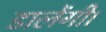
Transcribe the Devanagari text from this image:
डालेंगी।